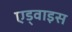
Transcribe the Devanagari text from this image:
एड्वाइस